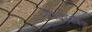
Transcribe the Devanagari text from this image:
अॅस्कॉरबिक